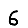
Digit: 6